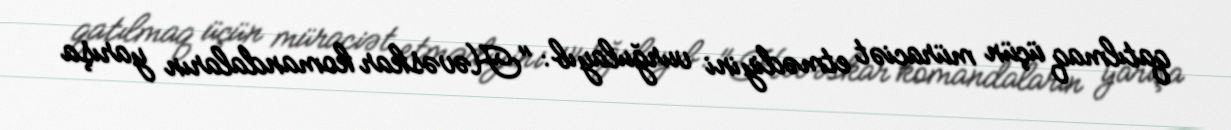
qatılmaq üçün müraciət etmədiyini vurğulayıb: "Həvəskar komandaların yarışa